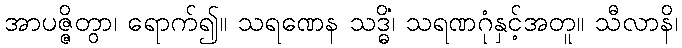
အာပဇ္ဇိတွာ၊ ရောက်၍။ သရဏေန သဒ္ဓိံ၊ သရဏဂုံနှင့်အတူ။ သီလာနိ၊